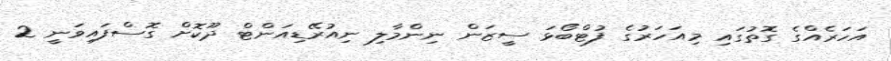
އަހަރެއްގެ ގޮތުގައި މިއަހަރުގެ ފުޓްބޯޅަ ސީޒަން ނިންމާލި ނިއުރޭޑިއަންޓް ދޫކޮށް ގޮސްފައިވަނީ 2